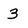
Character: 3